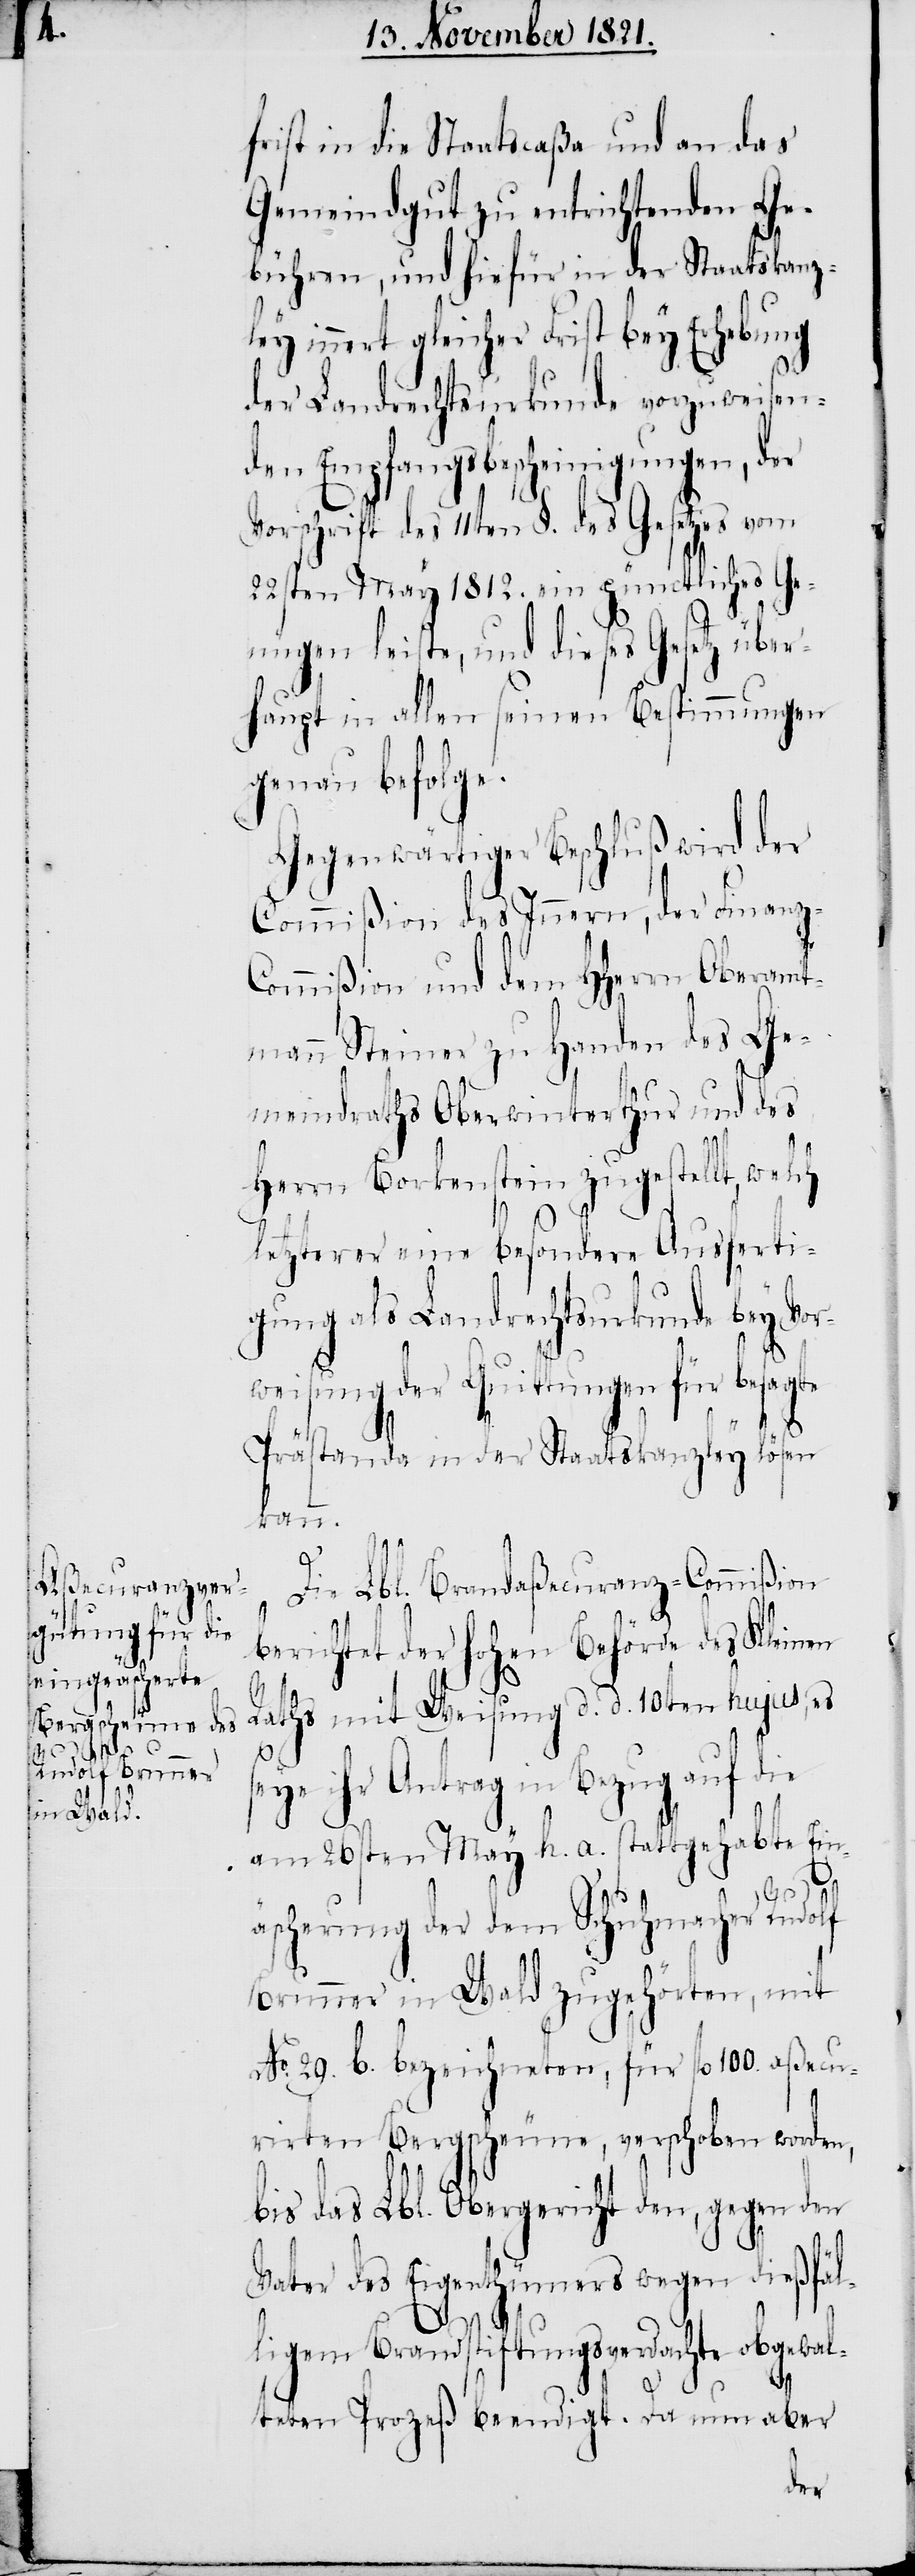
frist in die Staatscaßa und an das
Gemeindgut zu entrichtenden Ge¬
bühren, und hiefür in der Staatskanz¬
ley innert gleicher Frist bey Erhebung
der Landrechtsurkunde vorzuweisen¬
den Empfangsbescheinigungen, der
Vorschrift des 11ten §. des Gesetzes vom
22sten May 1812. ein pünctliches Ge¬
nüge leiste, und dieses Gesetz über¬
haupt in allen seinen Bestimmungen
genau befolge.
Gegenwärtiger Beschluß wird der
Commißion des Innern, der Finanz-C¬
ommißion und dem HHerrn Oberamt¬
mann Steiner zu Handen des Ge¬
meindraths Oberwinterthur und des
Herrn Borkenstein zugestellt, welch
letzterer eine besondere Ausferti¬
gung als Landrechtsurkunde bey Vor¬
weisung der Quittungen für besagte
Prästanda in der Staatskanzley lösen
kann.
s¬
Die Lbl. Brandaßecuranz-Commißion
berichtet der hohen Behörde des Kleinen
Raths mit Weisung d. d. 10ten hujus, es
eye ihr Antrag in Bezug auf die
am 26ten May h. a. stattgehabte Ein¬
äscherung der dem Schuhmacher Rudolf
Brunner in Wald zugehörten, mit
No. 29. b. bezeichneten, für fl. 100. aßecu¬
rirten Bergscheune, verschoben worden,
bis das Lbl. Obergericht den, gegen den
Vater des Eigenthümers wegen dießfäl¬
ligem Brandstiftungsverdachte obgewal¬
teten Prozeß beendigt. Da nun aber